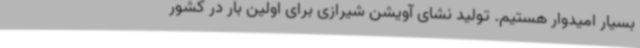
بسیار امیدوار هستیم. تولید نشای آویشن شیرازی برای اولین بار در کشور